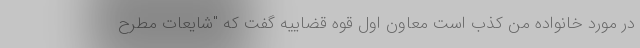
در مورد خانواده من کذب است معاون اول قوه قضاییه گفت که "شایعات مطرح